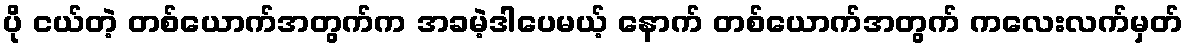
ပို ငယ်တဲ့ တစ်ယောက်အတွက်က အခမဲ့ဒါပေမယ့် နောက် တစ်ယောက်အတွက် ကလေးလက်မှတ်